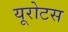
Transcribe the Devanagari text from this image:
यूरोटस